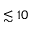
\lesssim 1 0